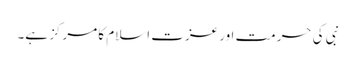
نبی کی حرمت اور عزت اسلام کا مرکز ہے۔